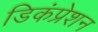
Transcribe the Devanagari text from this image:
डिकंप्रेशन